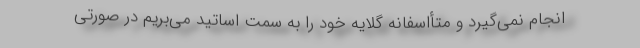
انجام نمی‌گیرد و متأاسفانه گلایه خود را به سمت اساتید می‌بریم در صورتی